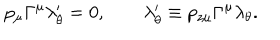
p _ { \mu } \Gamma ^ { \mu } \lambda _ { \theta } ^ { \prime } = 0 , \qquad \lambda _ { \theta } ^ { \prime } \equiv p _ { z \mu } \Gamma ^ { \mu } \lambda _ { \theta } .